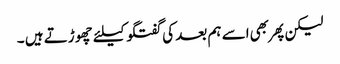
لیکن پهر بهی اسے ہم بعد کی گفتگو کیلئے چهوڑتے ہیں ۔